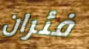
فئران